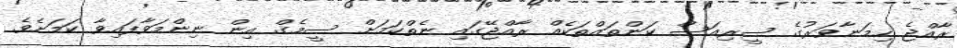
ރާއްޖެ ހިމަނާވަރުގެ ސީރިއަސް ކަންތައްތަކެއް ރާއްޖޭގައި ނެތްކަމަށް ސީމެގް އިން ނިންމަވާފައިވާ ކަމަށެވެ.